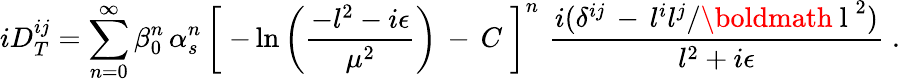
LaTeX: iD_{T}^{ij}=\sum_{n=0}^{\infty}\beta_{0}^{n}\, \alpha_{s}^{n}\, \left[\; -\ln\left({\frac{-l^{2}-i\epsilon}{\mu^{2}}}\right)\, -\, C\; \right]^{n}\, \, {\frac{i(\delta^{ij}\, -\, l^{i}l^{j}/\mathrm{\boldmath~l~}^{2})}{l^{2}+i\epsilon}}\; .